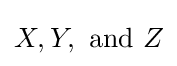
X,Y,{\text{ and }}Z